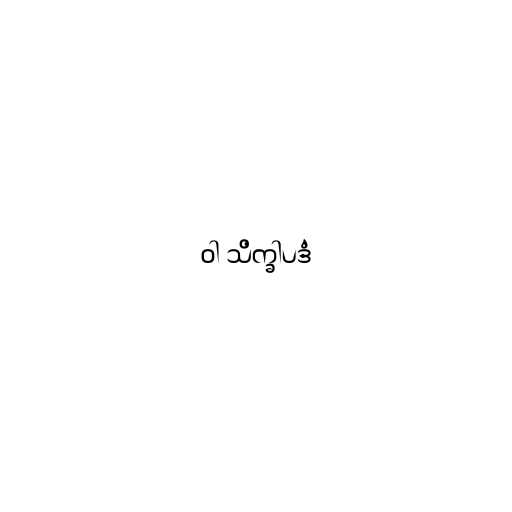
ဝါ သိက္ခါပဒံ